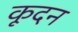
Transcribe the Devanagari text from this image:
कूदन